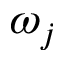
\omega _ { j }